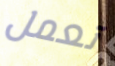
تعمل